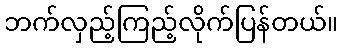
ဘက်လှည့်ကြည့်လိုက်ပြန်တယ်။